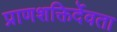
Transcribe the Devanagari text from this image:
प्राणशक्तिर्देवता